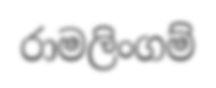
රාමලිංගම්